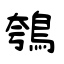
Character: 鴮